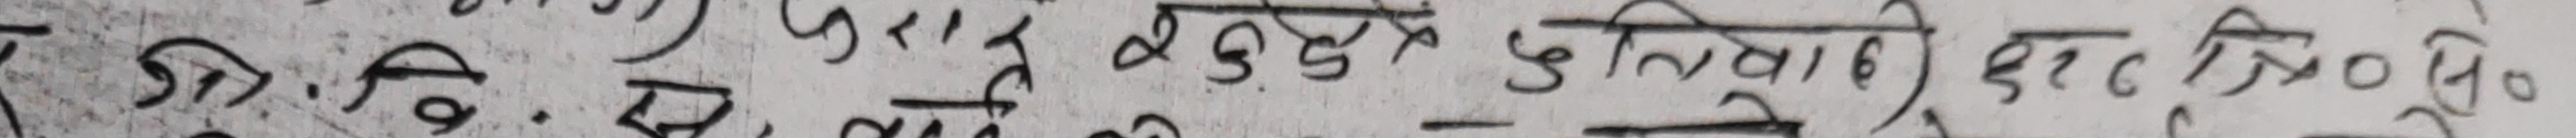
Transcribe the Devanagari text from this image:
उ.नि. बि. रा. आ. र. कै. ३७-०७७।०७८